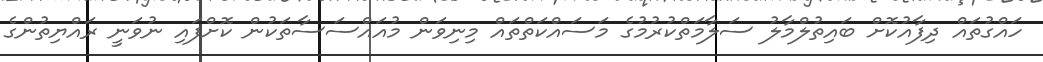
ހައްގުތައް ދިފާއުކޮށް ބައިތުލްމާލު ސަލާމަތްކުރުމުގެ މަސައްކަތްތައް މިނިވަން މުއައްސަސާތަކުން ކޮށްފައި ނުވަނީ ރައްޔިތުންގެ